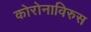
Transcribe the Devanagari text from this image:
कोरोनाविरुस